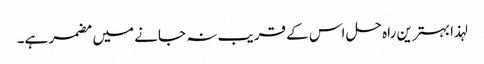
لہذا بہترین راہ حل اس کے قریب نہ جانے میں مضمر ہے۔